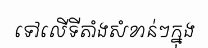
ទៅលើទីតាំងសំខាន់ៗក្នុង